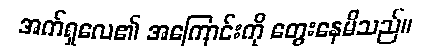
အက်ရှလေ၏ အကြောင်းကို တွေးနေမိသည်။